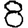
Digit: 8